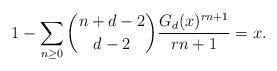
LaTeX: \begin{align*} 1-\sum_{n\geq0} \binom{n+d-2}{d-2}\frac{G_d(x)^{rn+1}}{rn+1}=x. \end{align*}